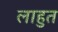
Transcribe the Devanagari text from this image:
लाहुत